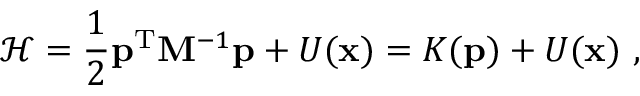
\mathcal { H } = \frac { 1 } { 2 } \ensuremath { \mathbf { p } } ^ { \mathrm { T } } \mathbf { M } ^ { - 1 } \ensuremath { \mathbf { p } } + U ( \ensuremath { \mathbf { x } } ) = K ( \ensuremath { \mathbf { p } } ) + U ( \ensuremath { \mathbf { x } } ) \ ,